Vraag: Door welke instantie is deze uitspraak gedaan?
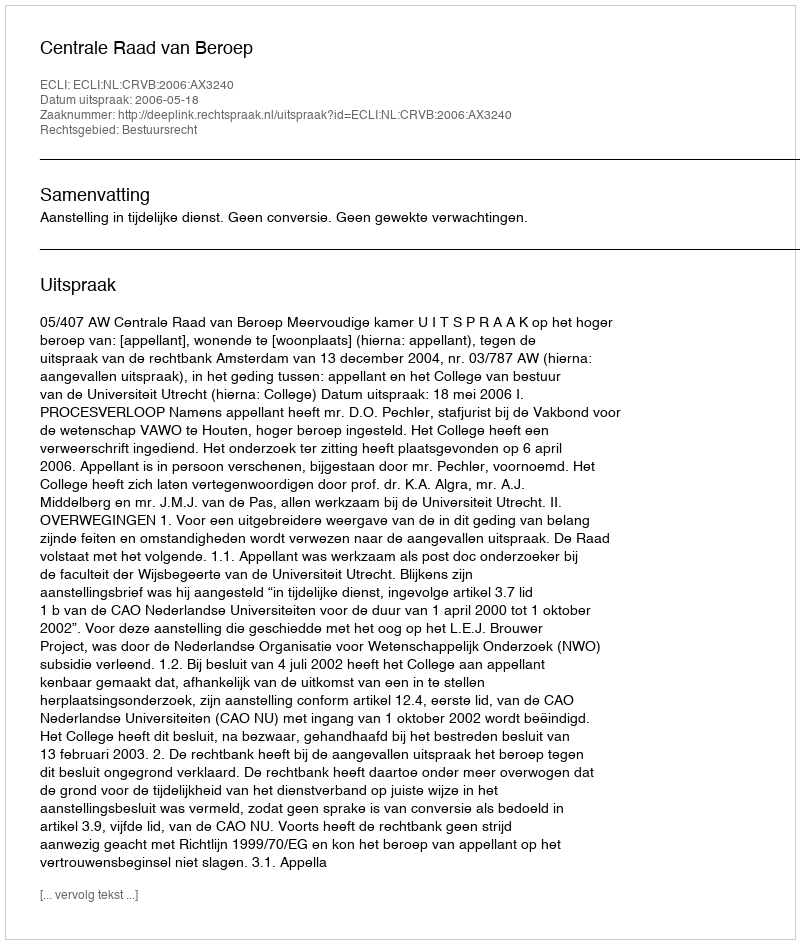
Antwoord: Centrale Raad van Beroep